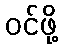
ဝင်ဖို့